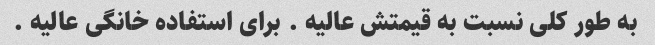
به طور کلی نسبت به قیمتش عالیه . برای استفاده خانگی عالیه .